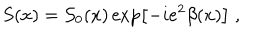
LaTeX: S ( x ) = { \cal S } _ { 0 } ( x ) \exp \left[ - i e ^ { 2 } \beta ( x ) \right] \; ,